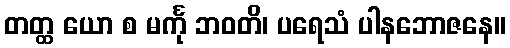
တတ္ထ ယော စ မင်္ကု ဘဝတိ၊ ပရေသံ ပါနဘောဇနေ။